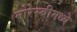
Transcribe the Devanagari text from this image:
मोरेस्बीमध्ये